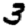
Digit: 3